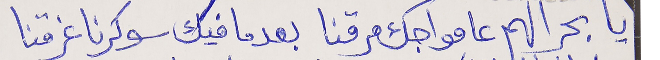
يا بحر الهم عا مواجك مرقنا بعدما فيك سوكرنا غرقنا